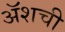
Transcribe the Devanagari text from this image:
ॲशची